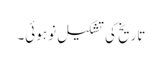
تاریخ کی تشکیلِ نو ہوئی۔